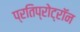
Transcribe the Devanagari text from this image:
प्रतिप्रोट्रॉन